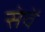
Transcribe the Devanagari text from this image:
सेवें